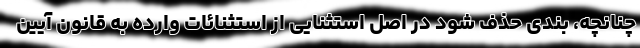
چنانچه، بندی حذف شود در اصل استثنایی از استثنائات وارده به قانون آیین